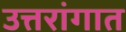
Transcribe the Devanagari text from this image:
उत्तरांगात